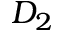
D _ { 2 }